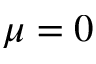
\mu = 0